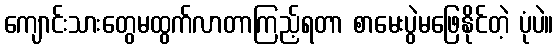
ကျောင်းသားတွေမထွက်လာတာကြည့်ရတာ စာမေးပွဲမဖြေနိုင်တဲ့ ပုံပဲ။